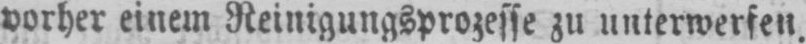
vorher einem Reinigungsprozesse zu unterwerfen.